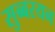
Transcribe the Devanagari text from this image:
सुब्बरयन